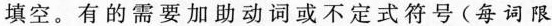
填空。有的需要加助动词或不定式符号 (每词限